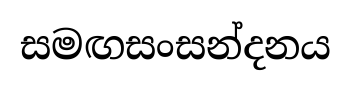
සමඟසංසන්දනය